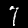
Label: 7